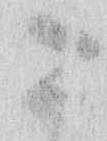
こ